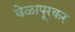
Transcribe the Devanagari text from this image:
वेळापूरकर